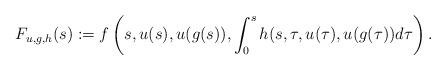
LaTeX: \begin{align*}F_{u,g,h}(s):=f\left( s,u(s),u(g(s)),\int_{0}^{s}h(s,\tau ,u(\tau ),u(g(\tau))d\tau \right) . \end{align*}